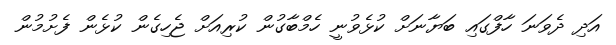
އަދި ދެވަނަ ހާފްގައި ބަޔާނަށް ކުޅެވުނީ ހެމްބާގުން ކުރިއަށް ޖެހިގެން ކުޅެން ފެށުމުން